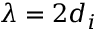
\lambda = 2 d _ { i }